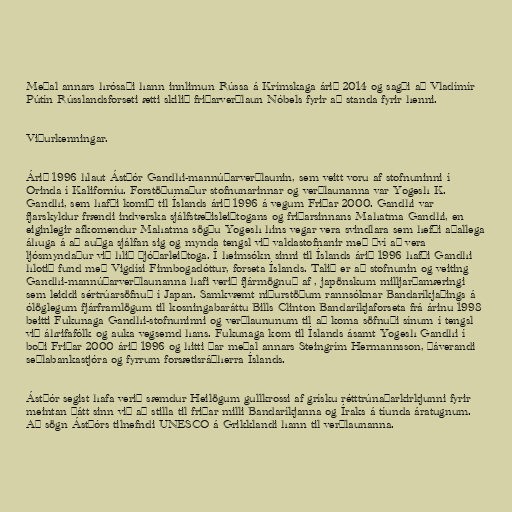
Meðal annars hrósaði hann innlimun Rússa á Krímskaga árið 2014 og sagði að Vladímír
Pútín Rússlandsforseti ætti skilið friðarverðlaun Nóbels fyrir að standa fyrir henni.

Viðurkenningar.

Árið 1996 hlaut Ástþór Gandhi-mannúðarverðlaunin, sem veitt voru af stofnuninni í
Orinda í Kaliforníu. Forstöðumaður stofnunarinnar og verðlaunanna var Yogesh K.
Gandhi, sem hafði komið til Íslands árið 1996 á vegum Friðar 2000. Gandhi var
fjarskyldur frændi indverska sjálfstæðisleiðtogans og friðarsinnans Mahatma Gandhi, en
eiginlegir afkomendur Mahatma sögðu Yogesh hins vegar vera svindlara sem hefði aðallega
áhuga á að auðga sjálfan sig og mynda tengsl við valdastofnanir með því að vera
ljósmyndaður við hlið þjóðarleiðtoga. Í heimsókn sinni til Íslands árið 1996 hafði Gandhi
hlotið fund með Vigdísi Finnbogadóttur, forseta Íslands. Talið er að stofnunin og veiting
Gandhi-mannúðarverðlaunanna hafi verið fjármögnuð af , japönskum milljarðamæringi
sem leiddi sértrúarsöfnuð í Japan. Samkvæmt niðurstöðum rannsóknar Bandaríkjaþings á
ólöglegum fjárframlögum til kosningabaráttu Bills Clinton Bandaríkjaforseta frá árinu 1998
beitti Fukunaga Gandhi-stofnuninni og verðlaununum til að koma söfnuði sínum í tengsl
við áhrifafólk og auka vegsemd hans. Fukunaga kom til Íslands ásamt Yogesh Gandhi í
boði Friðar 2000 árið 1996 og hitti þar meðal annars Steingrím Hermannsson, þáverandi
seðlabankastjóra og fyrrum forsætisráðherra Íslands.

Ástþór segist hafa verið sæmdur Heilögum gullkrossi af grísku rétttrúnaðarkirkjunni fyrir
meintan þátt sinn við að stilla til friðar milli Bandaríkjanna og Íraks á tíunda áratugnum.
Að sögn Ástþórs tilnefndi UNESCO á Grikklandi hann til verðlaunanna.